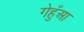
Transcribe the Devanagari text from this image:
गेहुँआ